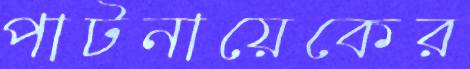
পাটনায়েকের